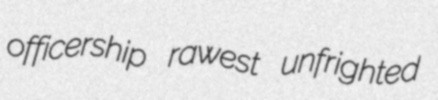
officership rawest unfrighted